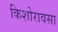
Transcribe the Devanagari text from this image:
किशोरावसा